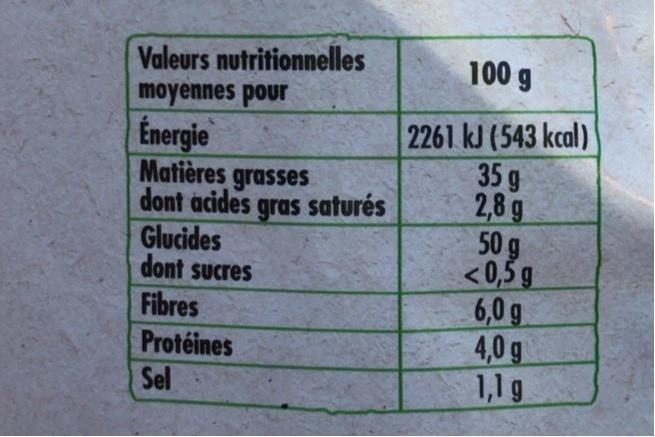
Valeurs nutritionnelles moyennes pour
100 g
Energie Matières grasses dont acides gras saturés Glucides dont sucres
2261 kJ (543 kcal) 35g 2,8 g 50 g <0,5 g 6,0 g 4,0 g 1,1 g
Fibres
Protéines
Sel